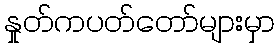
နှုတ်ကပတ်တော်များမှာ